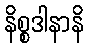
နိစ္စဒါနာနိ